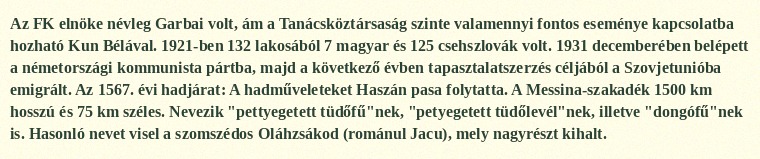
Az FK elnöke névleg Garbai volt, ám a Tanácsköztársaság szinte valamennyi fontos eseménye kapcsolatba hozható Kun Bélával. 1921-ben 132 lakosából 7 magyar és 125 csehszlovák volt. 1931 decemberében belépett a németországi kommunista pártba, majd a következő évben tapasztalatszerzés céljából a Szovjetunióba emigrált. Az 1567. évi hadjárat: A hadműveleteket Haszán pasa folytatta. A Messina-szakadék 1500 km hosszú és 75 km széles. Nevezik "pettyegetett tüdőfű"nek, "petyegetett tüdőlevél"nek, illetve "dongófű"nek is. Hasonló nevet visel a szomszédos Oláhzsákod (románul Jacu), mely nagyrészt kihalt.